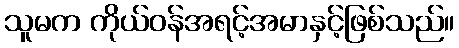
သူမက ကိုယ်ဝန်အရင့်အမာနှင့်ဖြစ်သည်။